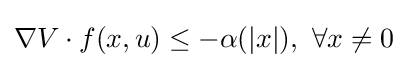
\nabla V\cdot f(x,u)\leq -\alpha (|x|),\ \forall x\neq 0